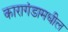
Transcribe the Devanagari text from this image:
कारागंडामधील